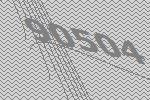
90504